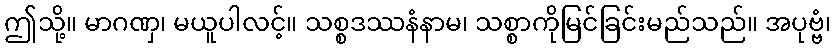
ဤသို့။ မာဂဏှ၊ မယူပါလင့်။ သစ္စဒဿနံနာမ၊ သစ္စာကိုမြင်ခြင်းမည်သည်။ အပုဗ္ဗံ၊